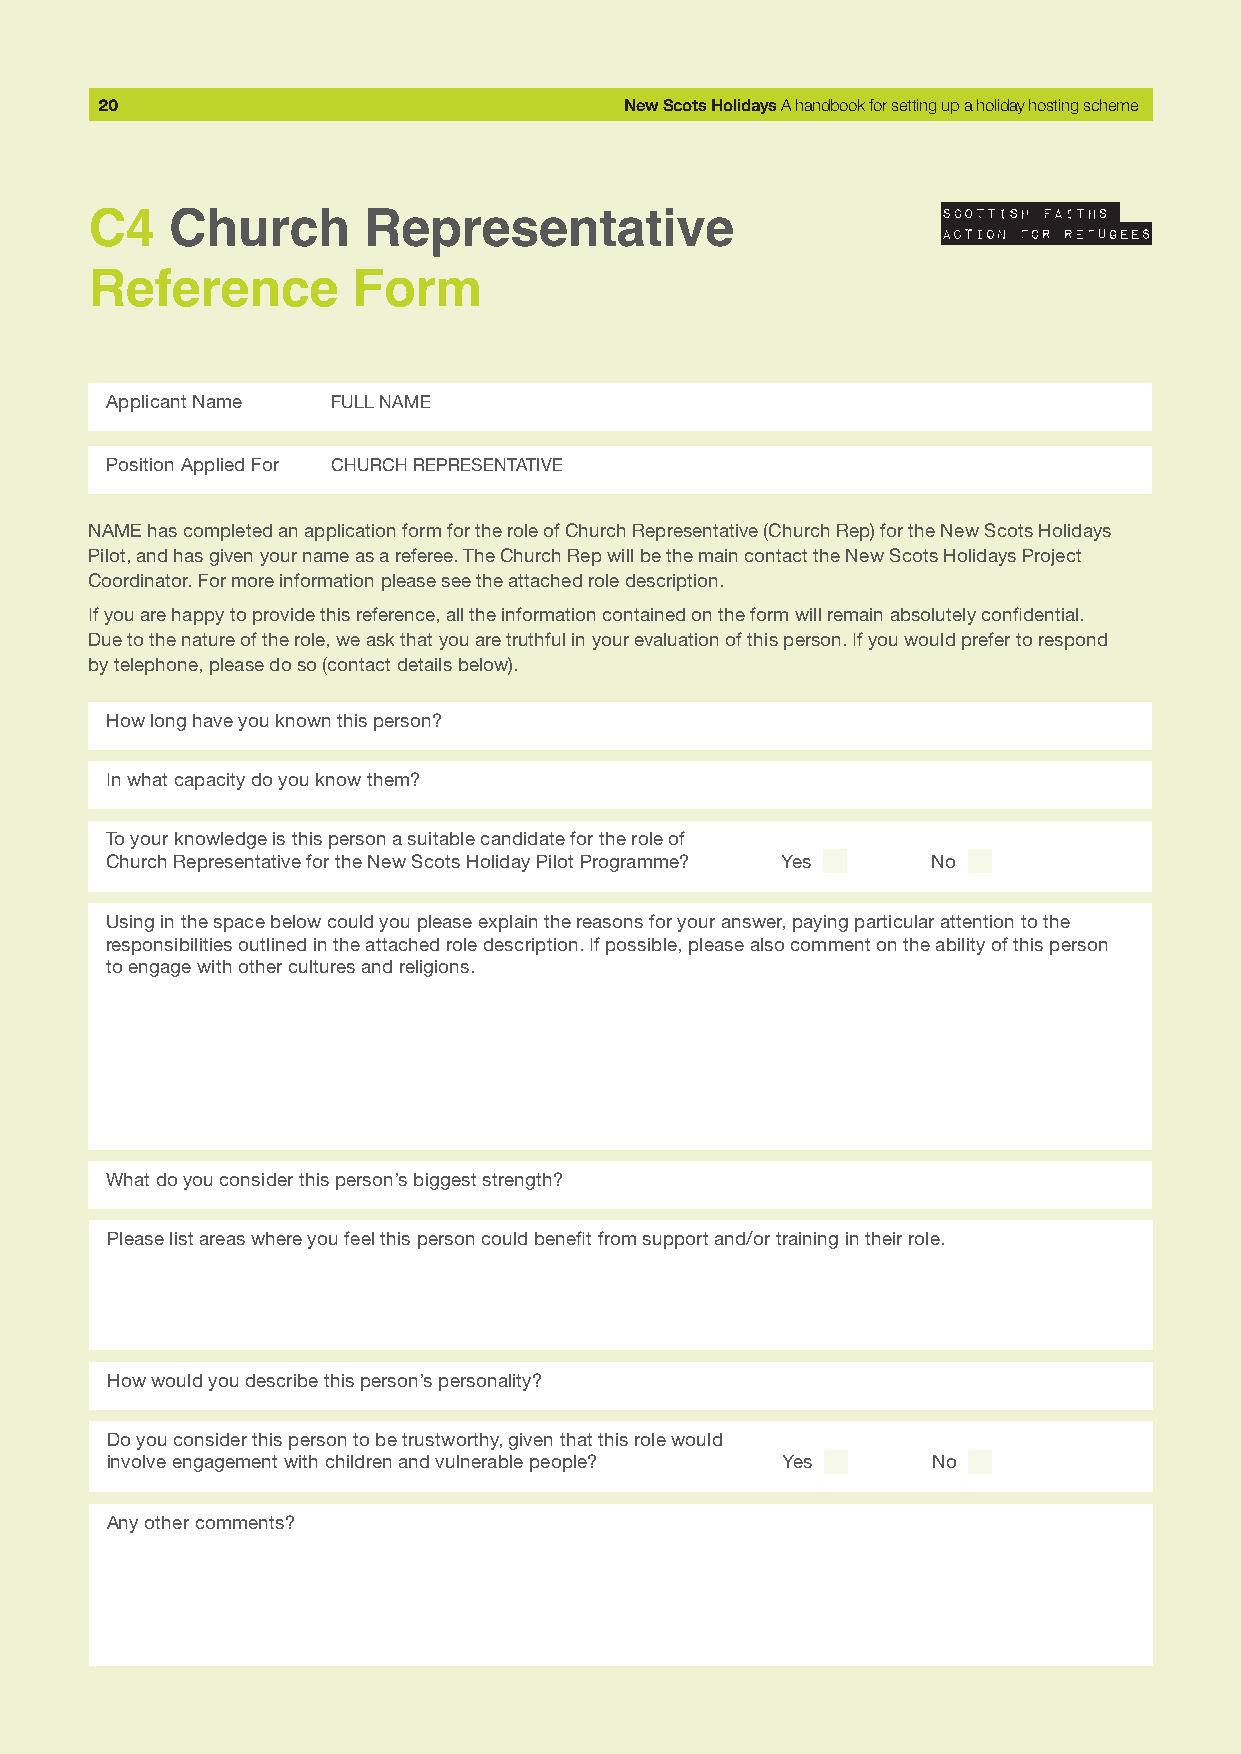
20                                 New Scots Holidays A handbook for setting up a holiday hosting scheme
 C4   Church       Representative
 Reference        Form
 Applicant Name FULL NAME
 Position Applied For CHURCH REPRESENTATIVE
 NAME has completed an application form for the role of Church Representative (Church Rep) for the New Scots Holidays
 Pilot, and has given your name as a referee. The Church Rep will be the main contact the New Scots Holidays Project
 Coordinator. For more information please see the attached role description.
 If you are happy to provide this reference, all the information contained on the form will remain absolutely confidential.
 Due to the nature of the role, we ask that you are truthful in your evaluation of this person. If you would prefer to respond
 by telephone, please do so (contact details below).
 How long have you known this person?
 In what capacity do you know them?
 To your knowledge is this person a suitable candidate for the role of
 Church Representative for the New Scots Holiday Pilot Programme? Yes No
 Using in the space below could you please explain the reasons for your answer, paying particular attention to the
 responsibilities outlined in the attached role description. If possible, please also comment on the ability of this person
 to engage with other cultures and religions.
 What do you consider this person’s biggest strength?
 Please list areas where you feel this person could benefit from support and/or training in their role.
 How would you describe this person’s personality?
 Do you consider this person to be trustworthy, given that this role would
 involve engagement with children and vulnerable people? Yes No
 Any other comments?